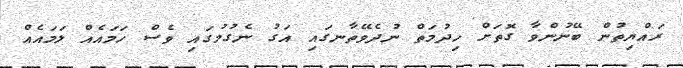
ރައްޔިތުން ބޭނުންވާ ގޮތަށް ހިދުމަތް ނުދެވޭތާނގައި އަގު ނެގުމުގައި ވެސް ހަމައެއް ލަމައެއް